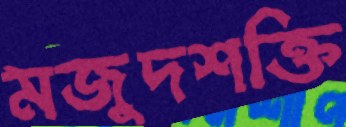
মজুদশক্তি